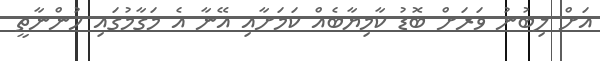
އަށް ލިބުނު ވަރަށް ބޮޑު ކާމިޔާބެއް ކަމަށާއި އޭނާ އެ މަގާމުގައި ހުންނާތީ